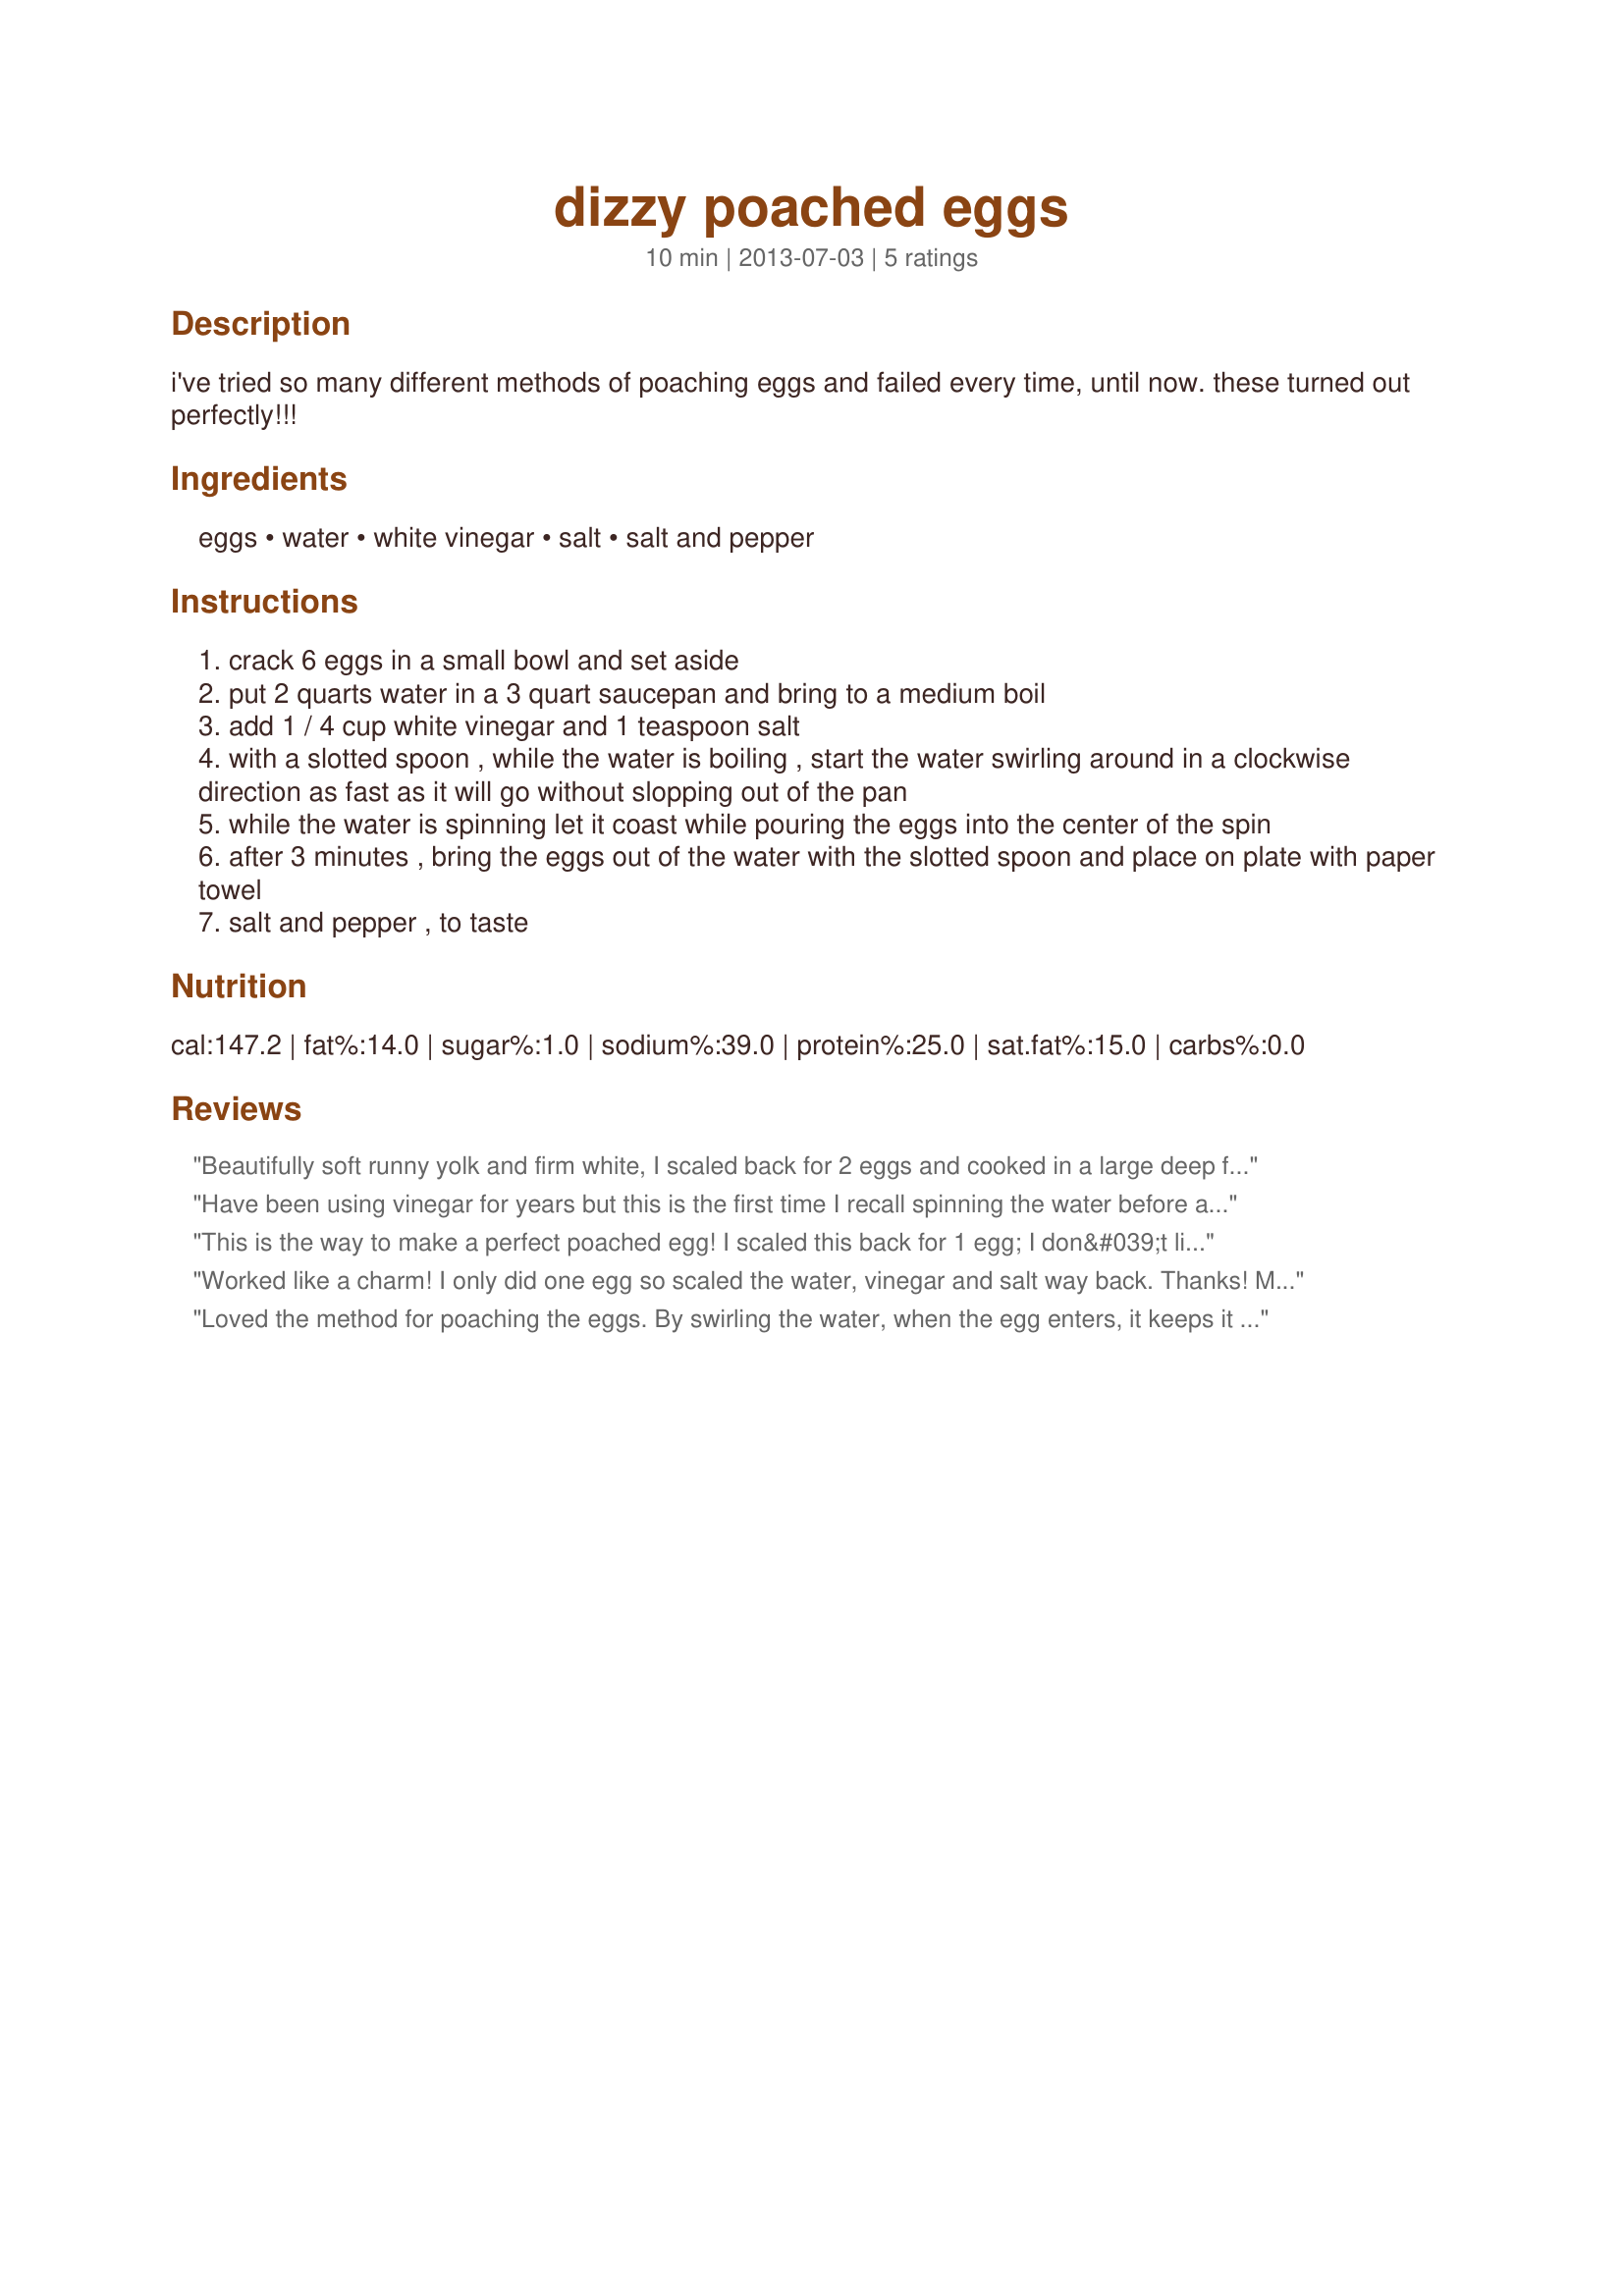
dizzy poached eggs
Preparation time: 10 minutes

i've tried so many different methods of poaching eggs and failed every time, until now. these turned out perfectly!!!

Ingredients:
eggs, water, white vinegar, salt, salt and pepper

Steps:
crack 6 eggs in a small bowl and set aside
put 2 quarts water in a 3 quart saucepan and bring to a medium boil
add 1 / 4 cup white vinegar and 1 teaspoon salt
with a slotted spoon , while the water is boiling , start the water swirling around in a clockwise direction as fast as it will go without slopping out of the pan
while the water is spinning let it coast while pouring the eggs into the center of the spin
after 3 minutes , bring the eggs out of the water with the slotted spoon and place on plate with paper towel
salt and pepper , to taste

Reviews:
Beautifully soft runny yolk and firm white, I scaled back for 2 eggs and cooked in a large deep frypan with a splash of vinegar. Thank toy NC SouthernBelle made for Name that Ingredient tag game.
Have been using vinegar for years but this is the first time I recall spinning the water before adding the egg and it worked out perfectly. The yoke was nice and run, just the way we like it. Thanks for the post.
This is the way to make a perfect poached egg! I scaled this back for 1 egg; I don&#039;t like the white to be runny so cooked about 3 1/2 minutes. Thanks for sharing the recipe! Made for the Best of 2013 event, recommended by I&#039;mPat
Worked like a charm! I only did one egg so scaled the water, vinegar and salt way back. Thanks! Made for My 3 Chefs event.
Loved the method for poaching the eggs. By swirling the water, when the egg enters, it keeps it moving, and not letting it sit on the bottom of the pan. My only problem was that at 3 minutes, my whites were not firm (still watery) so I cooked another egg for a longer period of time with great results!! Thanks for sharing your recipe. Made for the &quot;Best of 2013 Tag Game.&quot;
